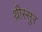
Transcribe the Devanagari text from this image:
थ्रीस्सुर